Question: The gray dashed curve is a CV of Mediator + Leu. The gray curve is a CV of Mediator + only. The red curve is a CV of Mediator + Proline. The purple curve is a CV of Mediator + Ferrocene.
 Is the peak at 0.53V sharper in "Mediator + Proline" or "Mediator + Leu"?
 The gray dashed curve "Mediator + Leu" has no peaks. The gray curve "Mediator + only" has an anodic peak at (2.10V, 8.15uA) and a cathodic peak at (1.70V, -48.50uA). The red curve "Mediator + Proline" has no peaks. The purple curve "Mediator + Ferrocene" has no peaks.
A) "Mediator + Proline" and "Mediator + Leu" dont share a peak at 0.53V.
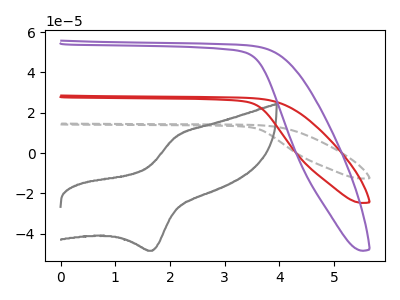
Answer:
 <answer>A) "Mediator + Proline" and "Mediator + Leu" dont share a peak at 0.53V.</answer>
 <eval>A</eval>